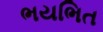
ભયભિત